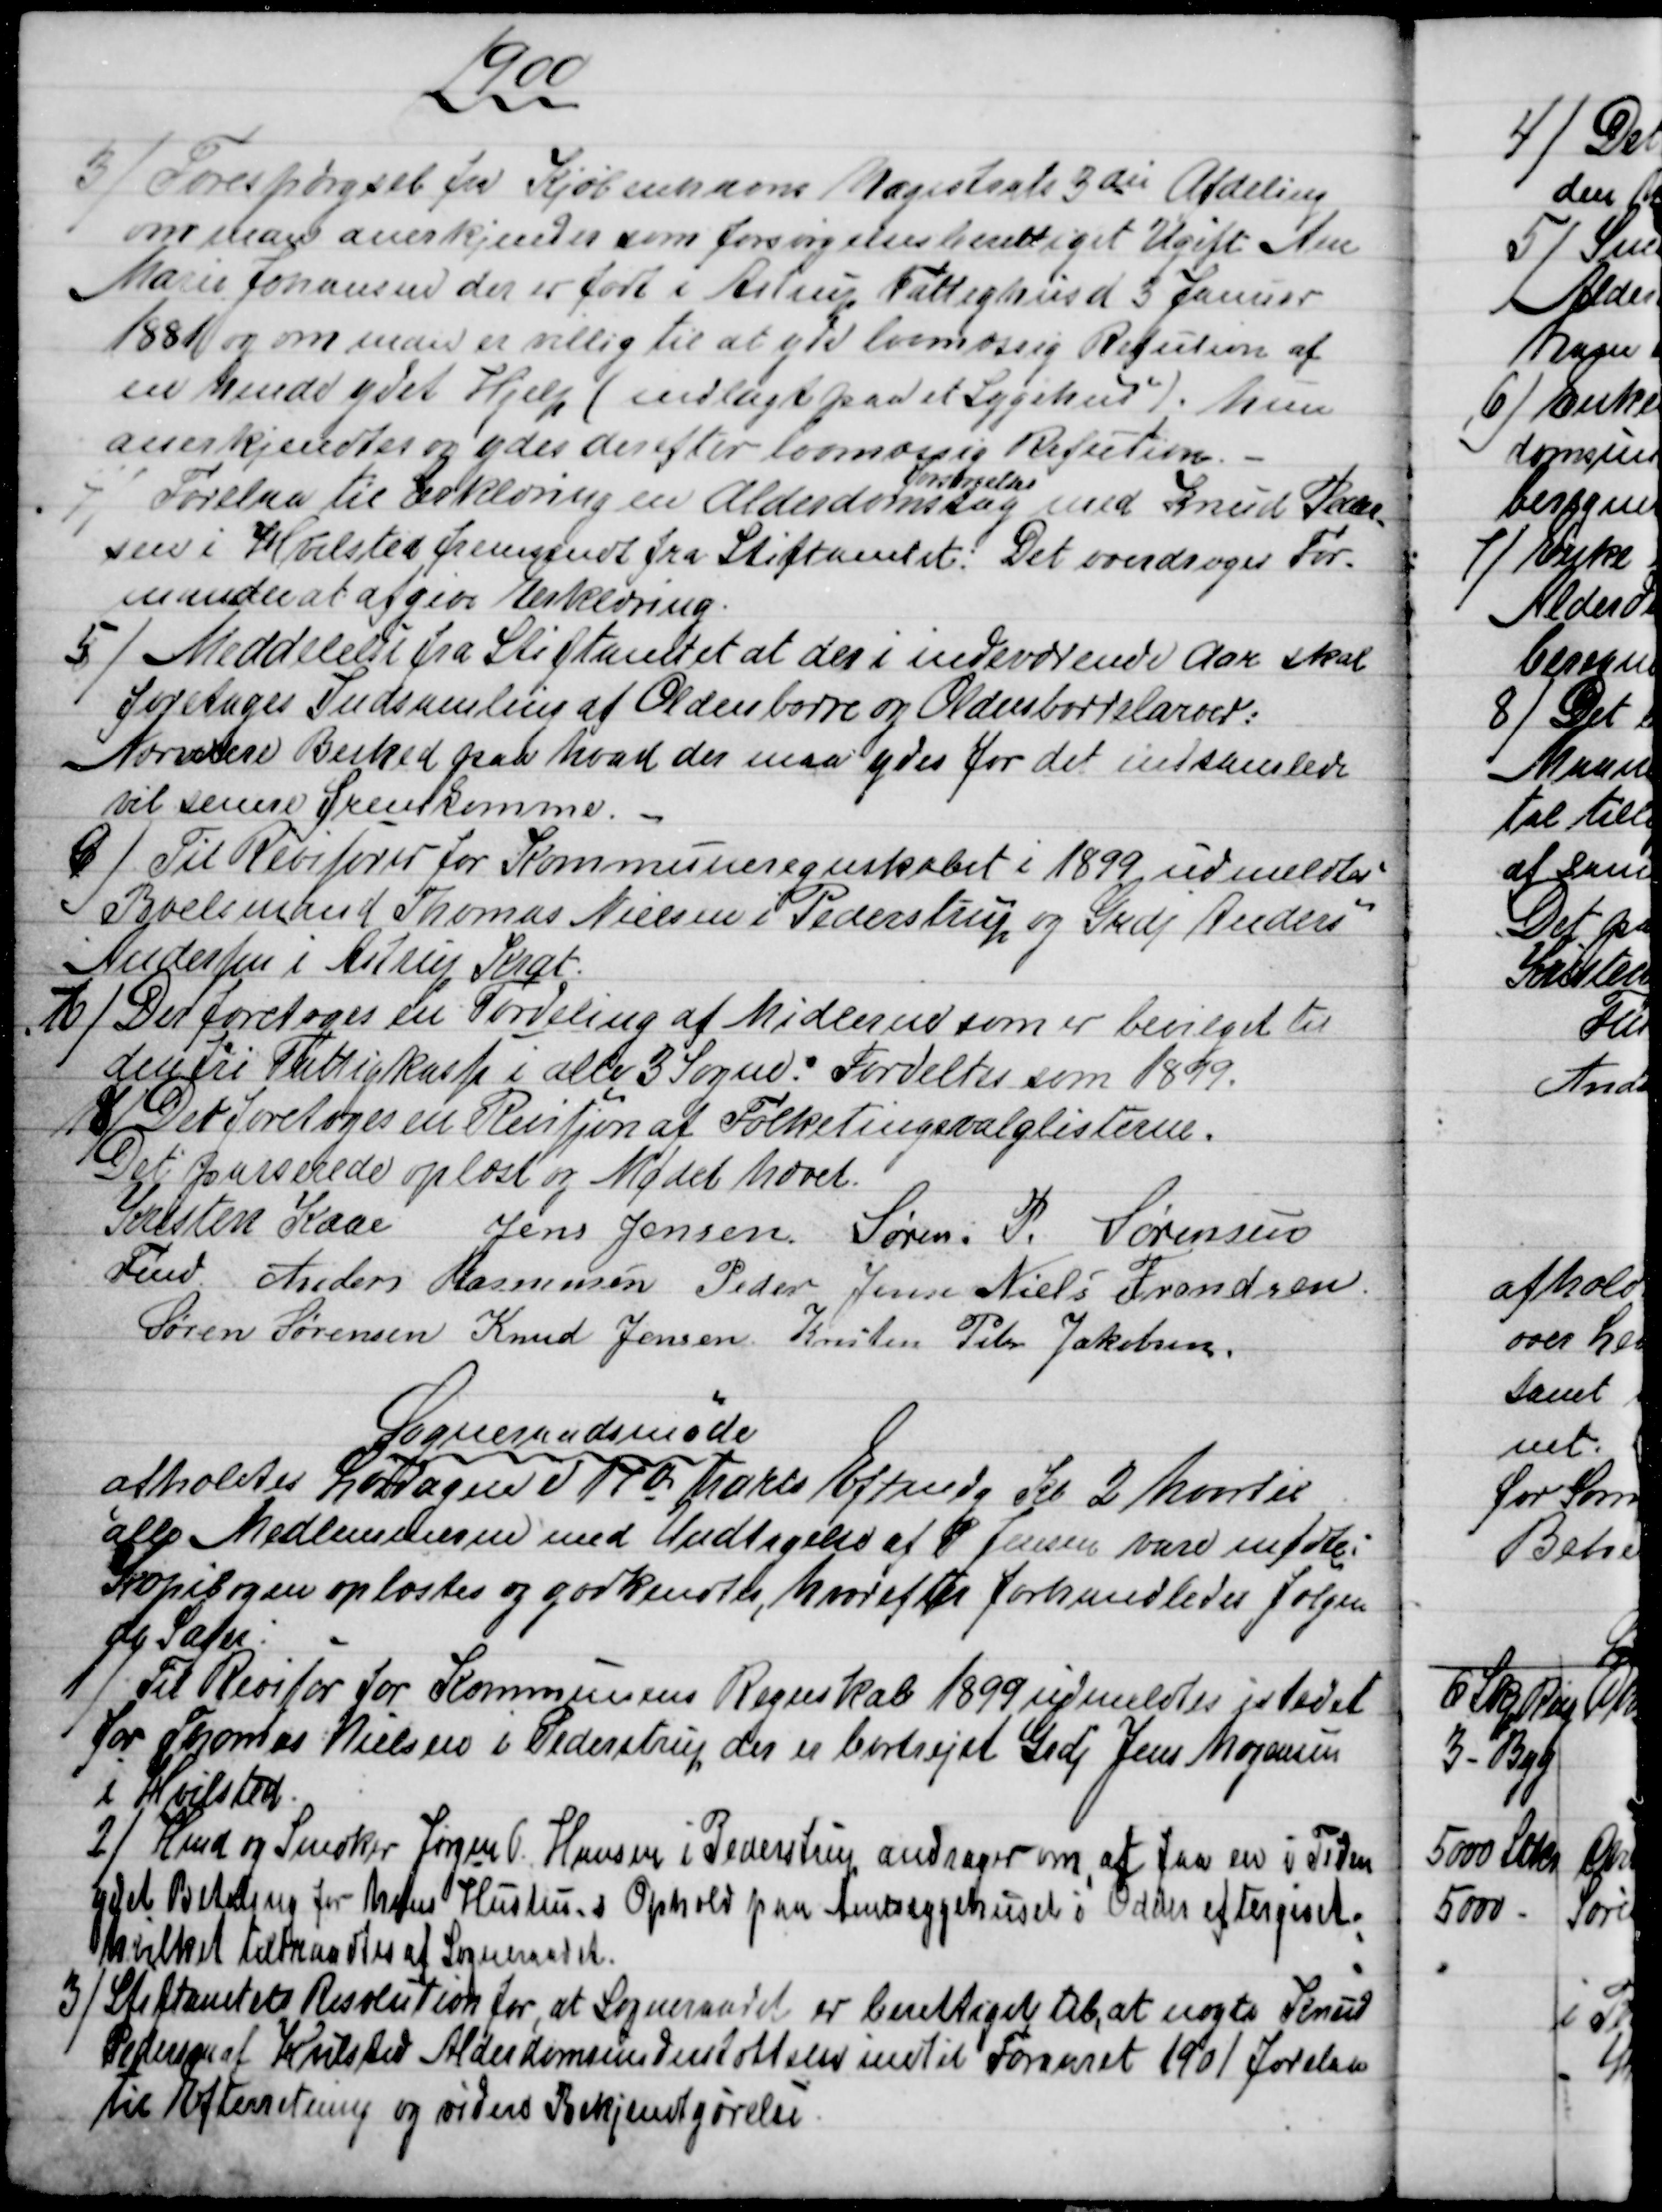
Transskription:
1900
3)
Forespørgsel fra Kjøbenhavns Magistrats 3die Afdeling
om man anerkjender som forsørgelsesberettiget Ugift Ane
Marie Johansen der er født i Astrup Fattighus d 3 Januar
1881 og om man er villig til at yde lovmæssig Refution af
en hende ydet Hjelp (indlagt paa et Sygehus) hun
anerkjendtes og ydes derefter lovmæssig Refution.
4)
Forelaa til Erklæring en Alderdoms
forsørgelses
sag med Knud Peder
=
sen i Hvilsted fremsendt fra Stiftamtet. Det overdroges For-
manden at afgive Erklæring.
5)
Meddelelse fra Stiftamtet at der i indeværende Aar skal
foretages Indsamling af Oldenborre og Oldenborrelarver:
Nærmere Besked paa hvad der maa ydes for det indsamlede
vil senere fremskomme.
6)
Til Revisorer for Kommuneregnskabet i 1899 udmeldtes
Boelsmand Thomas Nielsen i Pederstrup og Grdj Anders
Andersen i Astrup Krat.
7)
 Der foretoges en Fordeling af Midlerne som er bevilget til
den fri Fattigkasse i alle 3 Sogne. Fordeltes som 1899.
8)
Det foretoges en Revisjon at Folketingsvalglisterne.
Det passerede oplæst og Mødet hævet.
Kristen Kaae 
Fmd.
Jens Jensen Søren. P. Sørensen
Anders Rasmussen Peder Jensen Niels Frandsen
Søren Sørensen Knud Jensen Kresten Peder Jakobsen.
Sogneraadsmøde
afholdtes Lørdagen d 17de Marts Eftmdg Kl 2 hvortil
alle Medlemmerne med Undtagelse af P Jensen vare mødte.
Kopibogen oplæstes og godkendtes, hvorefter forhandledes følgen
de Sager
1)
Til Revisor for Kommunens Regnskab 1899 udmeldtes istedet
for Thomas Nielsen i Pederstrup, der er bortrejst Grdj Jens Mogensen
i Hvilsted.
2)
 Hmd og Snedker Jørgen P. Hansen i Pederstrup andrager om, at faa en i Tiden
ydet Betaling for hans Hustrus Ophold paa Amtssygehuset i Odder eftergivet.
hvilket tiltraadtes at Sogneraadet.
3)
Stiftamtets Resolution for, at Sogneraadet er berettiget til, at nægte Knud
Pedersen af Hvilsted Alderdomsunderstøttelse indtil Foraaret 1901 forelaa
til Efterretning og videre Bekjendtgørelse.